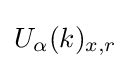
U_{\alpha }(k)_{x,r}